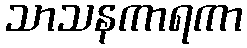
သာသနကာရကာ